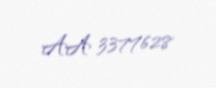
AA 3377628